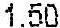
1.50